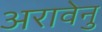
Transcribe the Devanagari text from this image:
अरावेनु